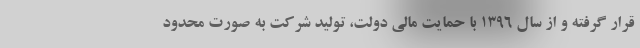
قرار گرفته و از سال ۱۳۹۶ با حمایت مالی دولت، تولید شرکت به صورت محدود